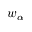
w _ { \alpha }